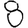
Digit: 8